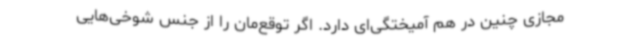
مجازی چنین در هم آمیختگی‌ای دارد. اگر توقع‌مان را از جنس شوخی‌هایی